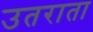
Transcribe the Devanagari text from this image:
उतराता